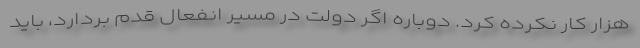
هزار کار نکرده کرد. دوباره اگر دولت در مسیر انفعال قدم بردارد، باید